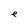
Character: e